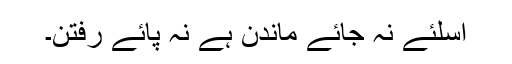
اسلئے نہ جائے ماندن ہے نہ پائے رفتن۔